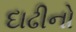
દાઢીનો